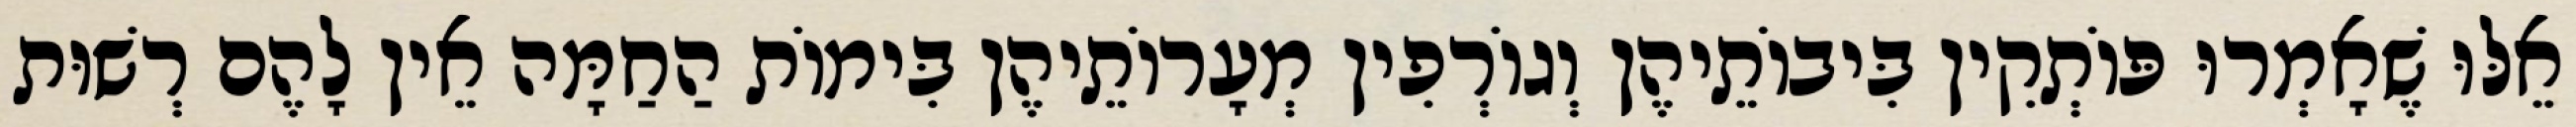
אֵלּוּ שֶׁאָמְרוּ פּוֹתְקִין בִּיבוֹתֵיהֶן וְגוֹרְפִין מְעָרוֹתֵיהֶן בִּימוֹת הַחַמָּה אֵין לָהֶם רְשׁוּת